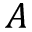
A